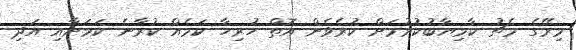
މިރޭގެ މެޗު ކާމިޔާބުކުރުމަށް ކުރެވެން އޮތް ހުރިހާ ކަމެއް ކުރާނެ ކަމަށާއި އަދި